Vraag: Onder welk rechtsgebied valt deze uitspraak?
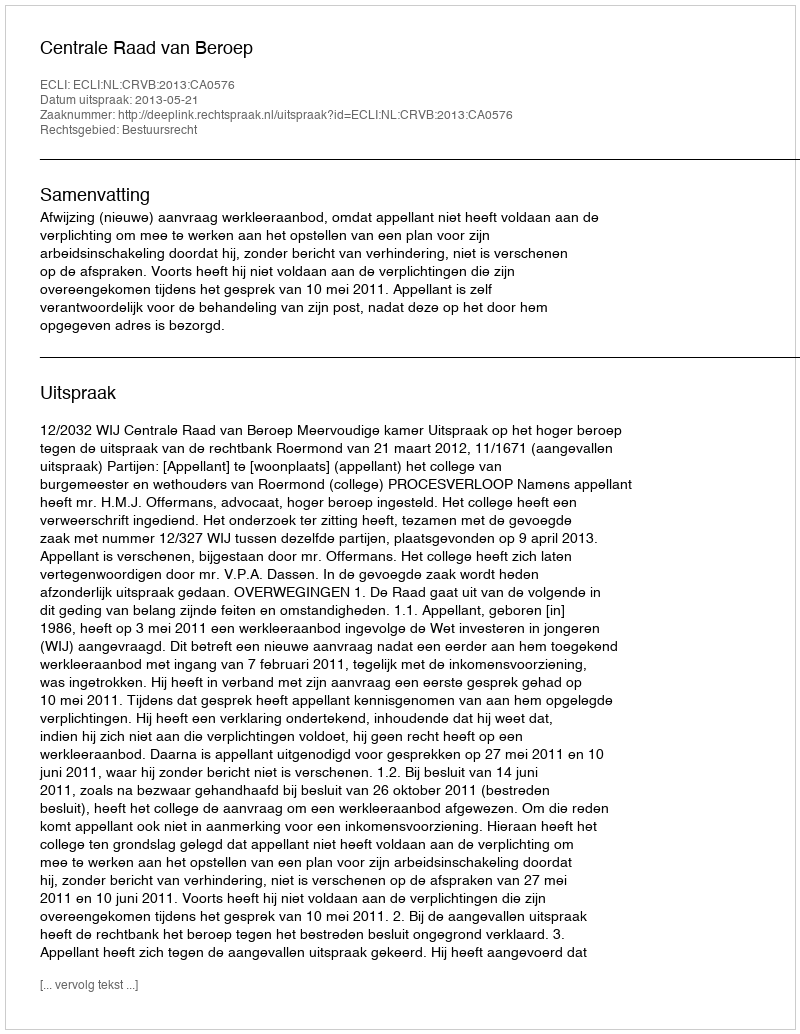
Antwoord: Bestuursrecht